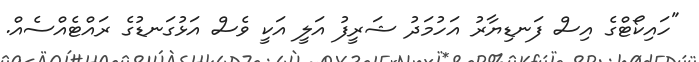
"ހައިކޯޓްގެ އިސް ފަނޑިޔާރު އަހުމަދު ޝަރީފު އަލީ އަކީ ވެސް އަޅުގަނޑުގެ ރައްޓެއްސެއް.